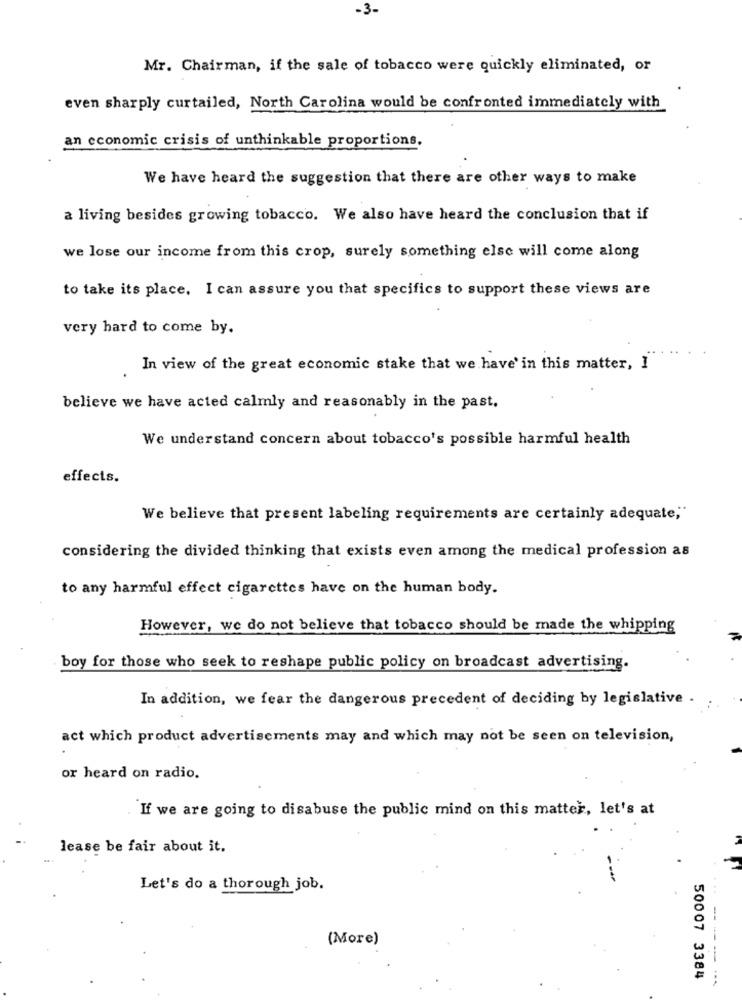
-3-
Mr. Chairman, if the sale of tobacco were quickly eliminated, or
even sharply curtailed, North Carolina would be confronted immediately with
an economic crisis of unthinkable proportions.
We have heard the suggestion that there are other ways to make
a living besides growing tobacco. We also have heard the conclusion that if
we lose our income from this crop, surely something else will come along
to take its place. I can assure you that specifics to support these views are
very hard to come by.
In view of the great economic stake that we have' in this matter, 1
believe we have acted calmly and reasonably in the past.
We understand concern about tobacco's possible harmful health
effects.
We believe that present labeling requirements are certainly adequate,"
considering the divided thinking that exists even among the medical profession as
to any harmful effect cigarettes have on the human body.
However, we do not believe that tobacco should be made the whipping
boy for those who seek to reshape public policy on broadcast advertising.
In addition, we fear the dangerous precedent of deciding by legislative .
act which product advertisements may and which may not be seen on television,
or heard on radio.
If we are going to disabuse the public mind on this matter, let's at
lease be fair about it.
Let's do a thorough job.
(More)
50007 3384
------